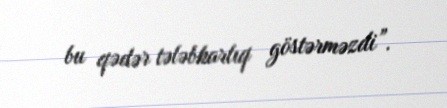
bu qədər tələbkarlıq göstərməzdi”.